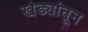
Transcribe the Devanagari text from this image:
खेड्यांतून